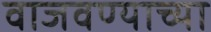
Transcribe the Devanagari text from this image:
वाजवण्याच्या